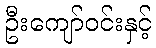
ဦးကျော်ဝင်းနှင့်